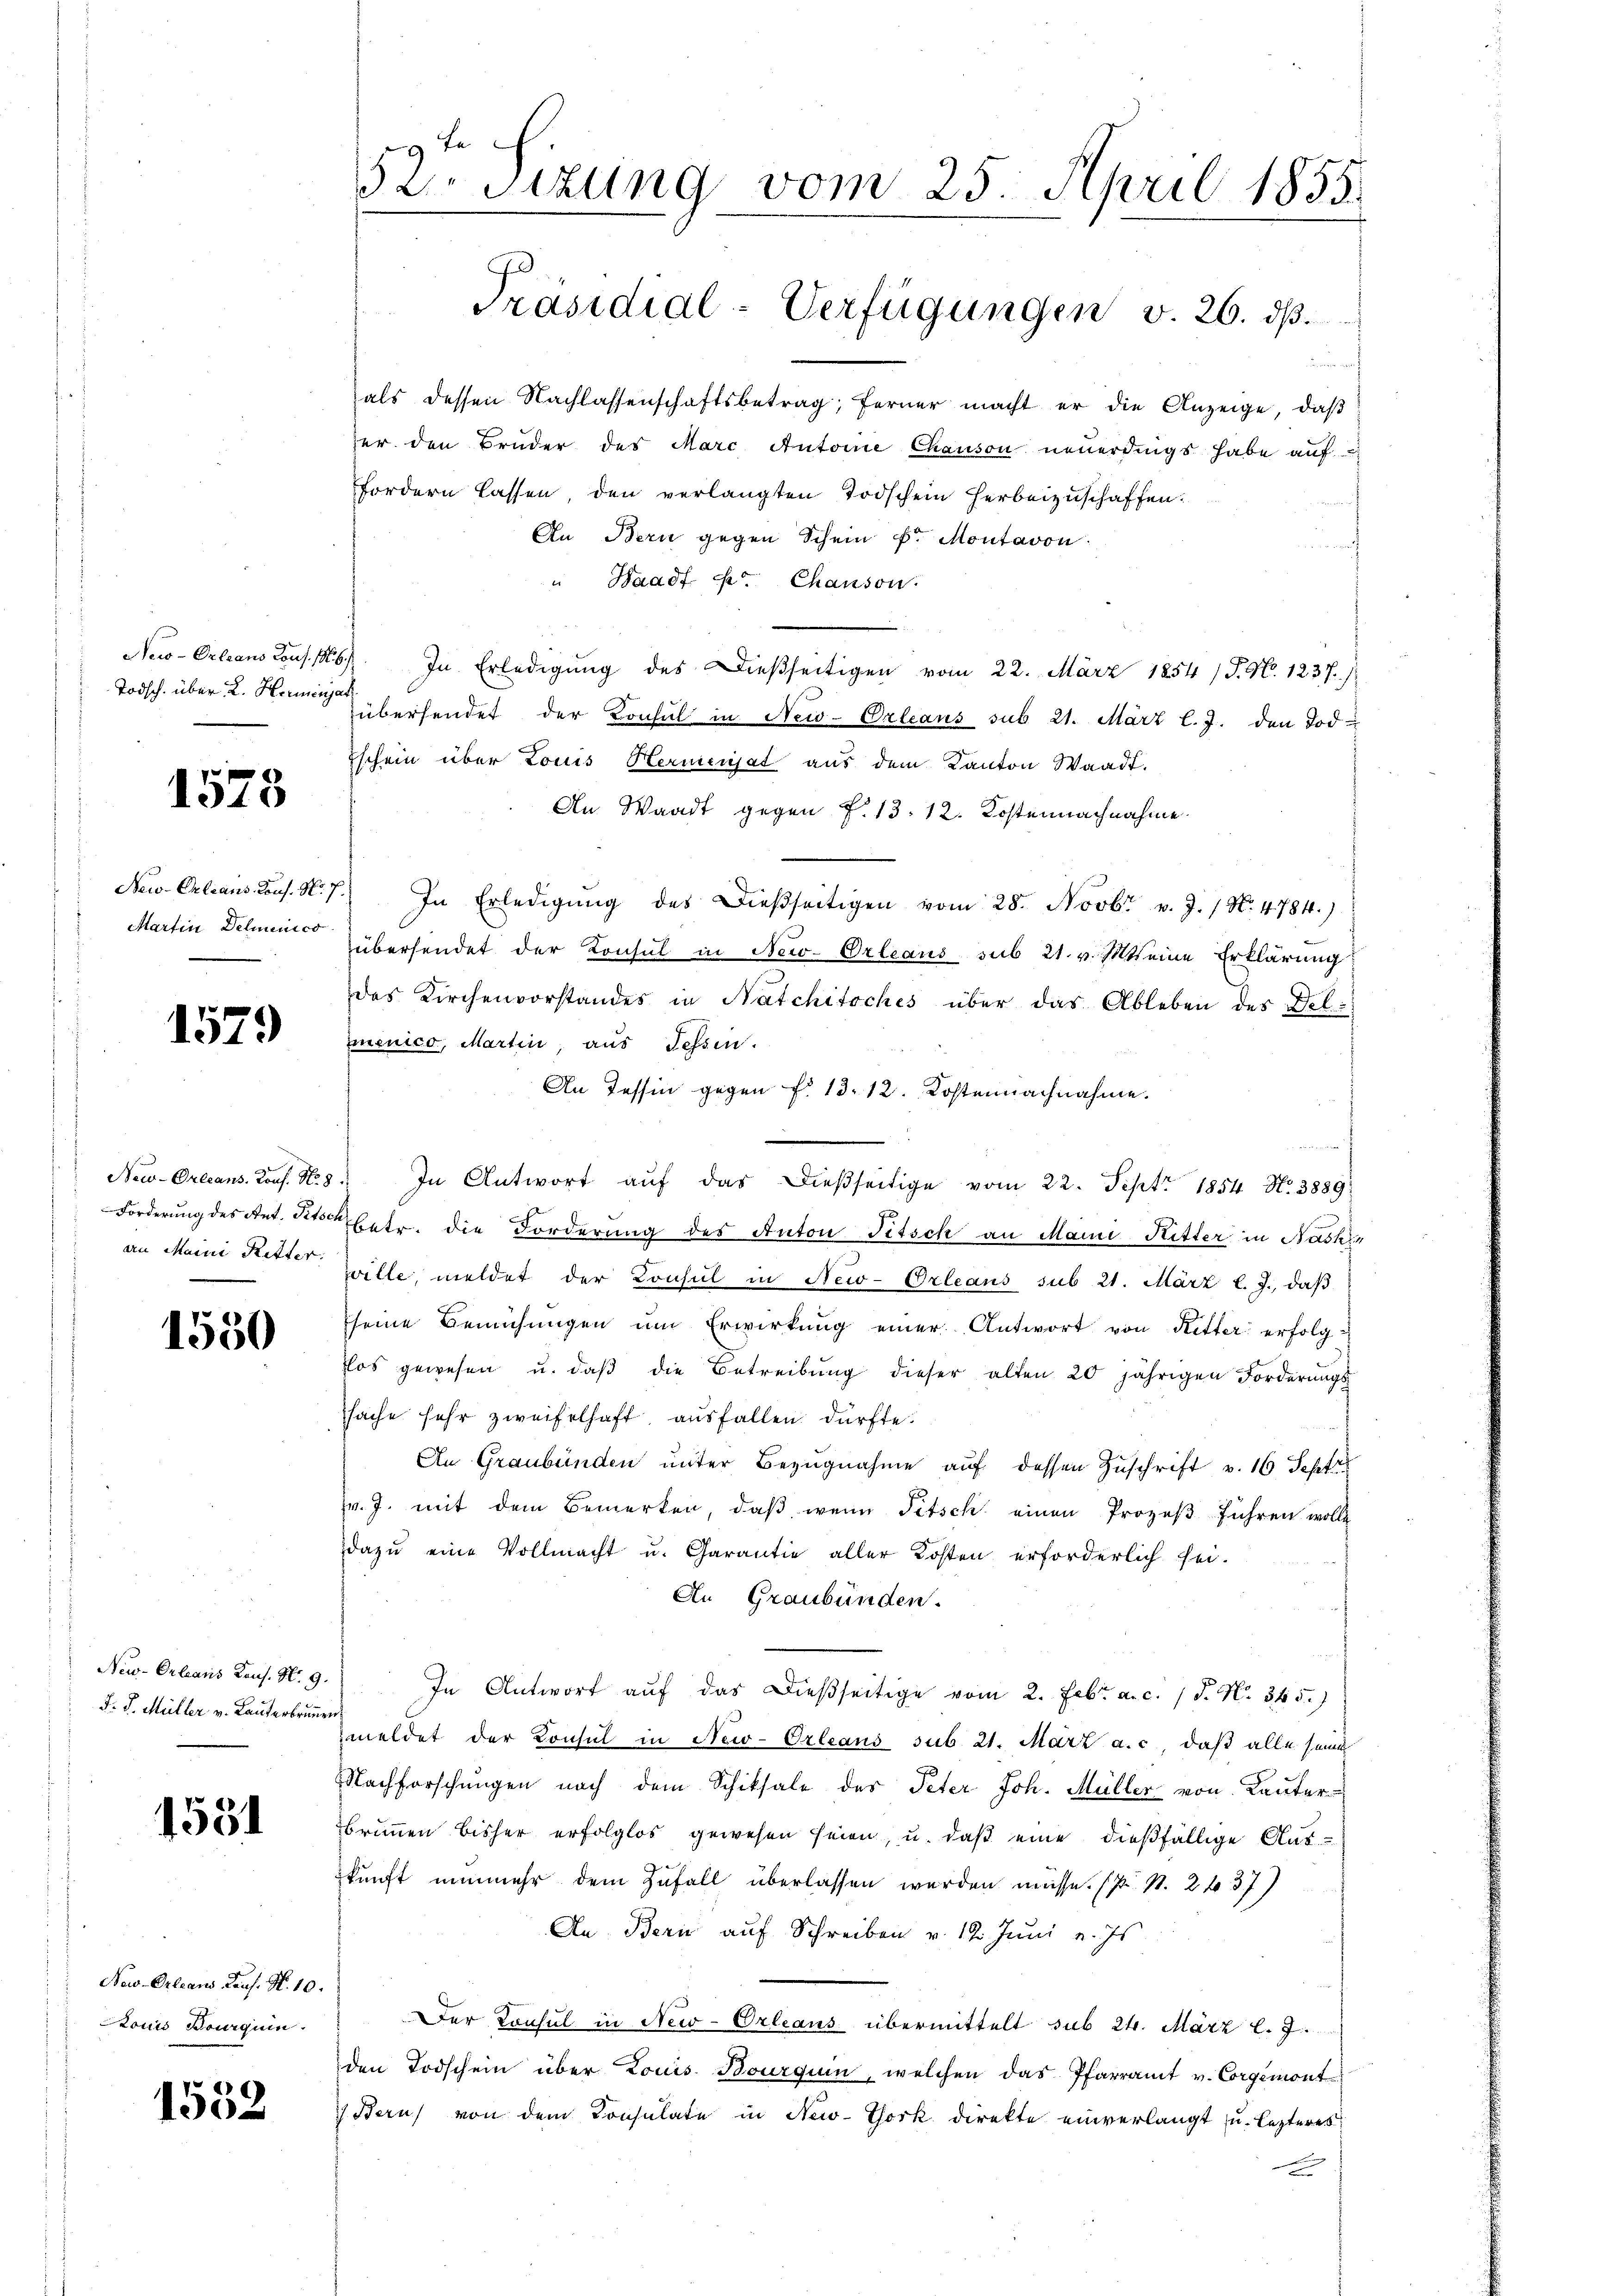
Todsch. über 2. Herminjak

1578

New-Orleans Cons. N. 7
Martin Delmenico

1579

an Maini Ritter:

1550

New-Orleans Laus. No. 9.
F. J. Müller v. Lauterbrunne

1551

Now-Orleans Paus. N. 10.
ouis Boguin

1552

52. Sitzung vom 25. April 1855.
Präsidial-Verfügungen v. 26. dβ.

d
als dessen Nachlassenschaftsbetrag; ferner macht er die Anzeige, daß
her den Bruder des Marc Antoine Chauson neuerdings habe auf
fordern lassen den verlangten Todschein herbeizuschaffen.
An Bern gegen Schein P. Montavon
" Waadt pr. Chanson
Neo-Orleans cons. 146. In Erledigung des Dießseitigen vom 22. März 1854 / P. N. 1237)
übersendet der Konsul in New-Orleans sub 21. März l. J. den Tod
Eschein über Louis Hermenjat aus dem Kanton Waadt.
An Waadt gegen f. 13. 12. Kostennachnahme.
7) In Erledigŭng des Dießseitigen vom 28. Novbr. v. J. / N. 4784.)
übersendet der Konsul in New-Orleaus sub 21. v. sitt eine Erklärung
des Kirchenvorstandes in Natchitsches über das Ableben des Del
menico, Martin, aus Tessin.
An Tessin gegen f. 13. 12. Kostennachnahme.
e
New-Orleans. Kons. N. 8. In Antwort aŭf das dießseitige vom 22. Sept. 1854 No. 3889
Forderung des Ant. Stock betr. die Forderung des Anton Titsch an Mann Ritter in Nashin
zwille, meldet der Konsul in New-Orleans sub 21. März l. J., daβ
seine Bemühŭngen ŭm Erwirkung einer Antwort von Ritter erfolgflos gewesen u. daβ die Betreibŭng dieser alten 20 jährigen Forderŭngs-
sache sehr zweifelhaft, ausfallen dürfte.
An Graubünden unter Bezugnahme auf dessen Zuschrift v. 16 Sept
v. J. mit dem Bemerken, daß wenn Pitsch einen Prozeßführen wolle
dazŭ eine Vollmacht u. Garantie aller Kosten erforderlich sei.
An Graubünden.
In Antwort auf das dießseitige vom 2. Febr. a. c. (T. N. 345.)
meldet der Konsul in New-Orleans sub 21. März a. c., daß alle seine
Nachforschungen nach dem Schiksale des Peter Joh. Müller von Lauter
brunnen bisher erfolglos gewesen seien, u. daß eine dießfällige Auskunft nunmehr dem Zufall überlassen werden müsse. (s. S. 2 f 37)
An Bern auf Schreiben v. 19. Juni v. Js
Der Konsul in New-Orleans übermittelt sub 24. März l. J.
den Todschein über Louis Bourquin, welchen das Pfarramt v. Corgemont-
Bern von dem Consulate in New-York direkte einverlangt u. lezteres
m